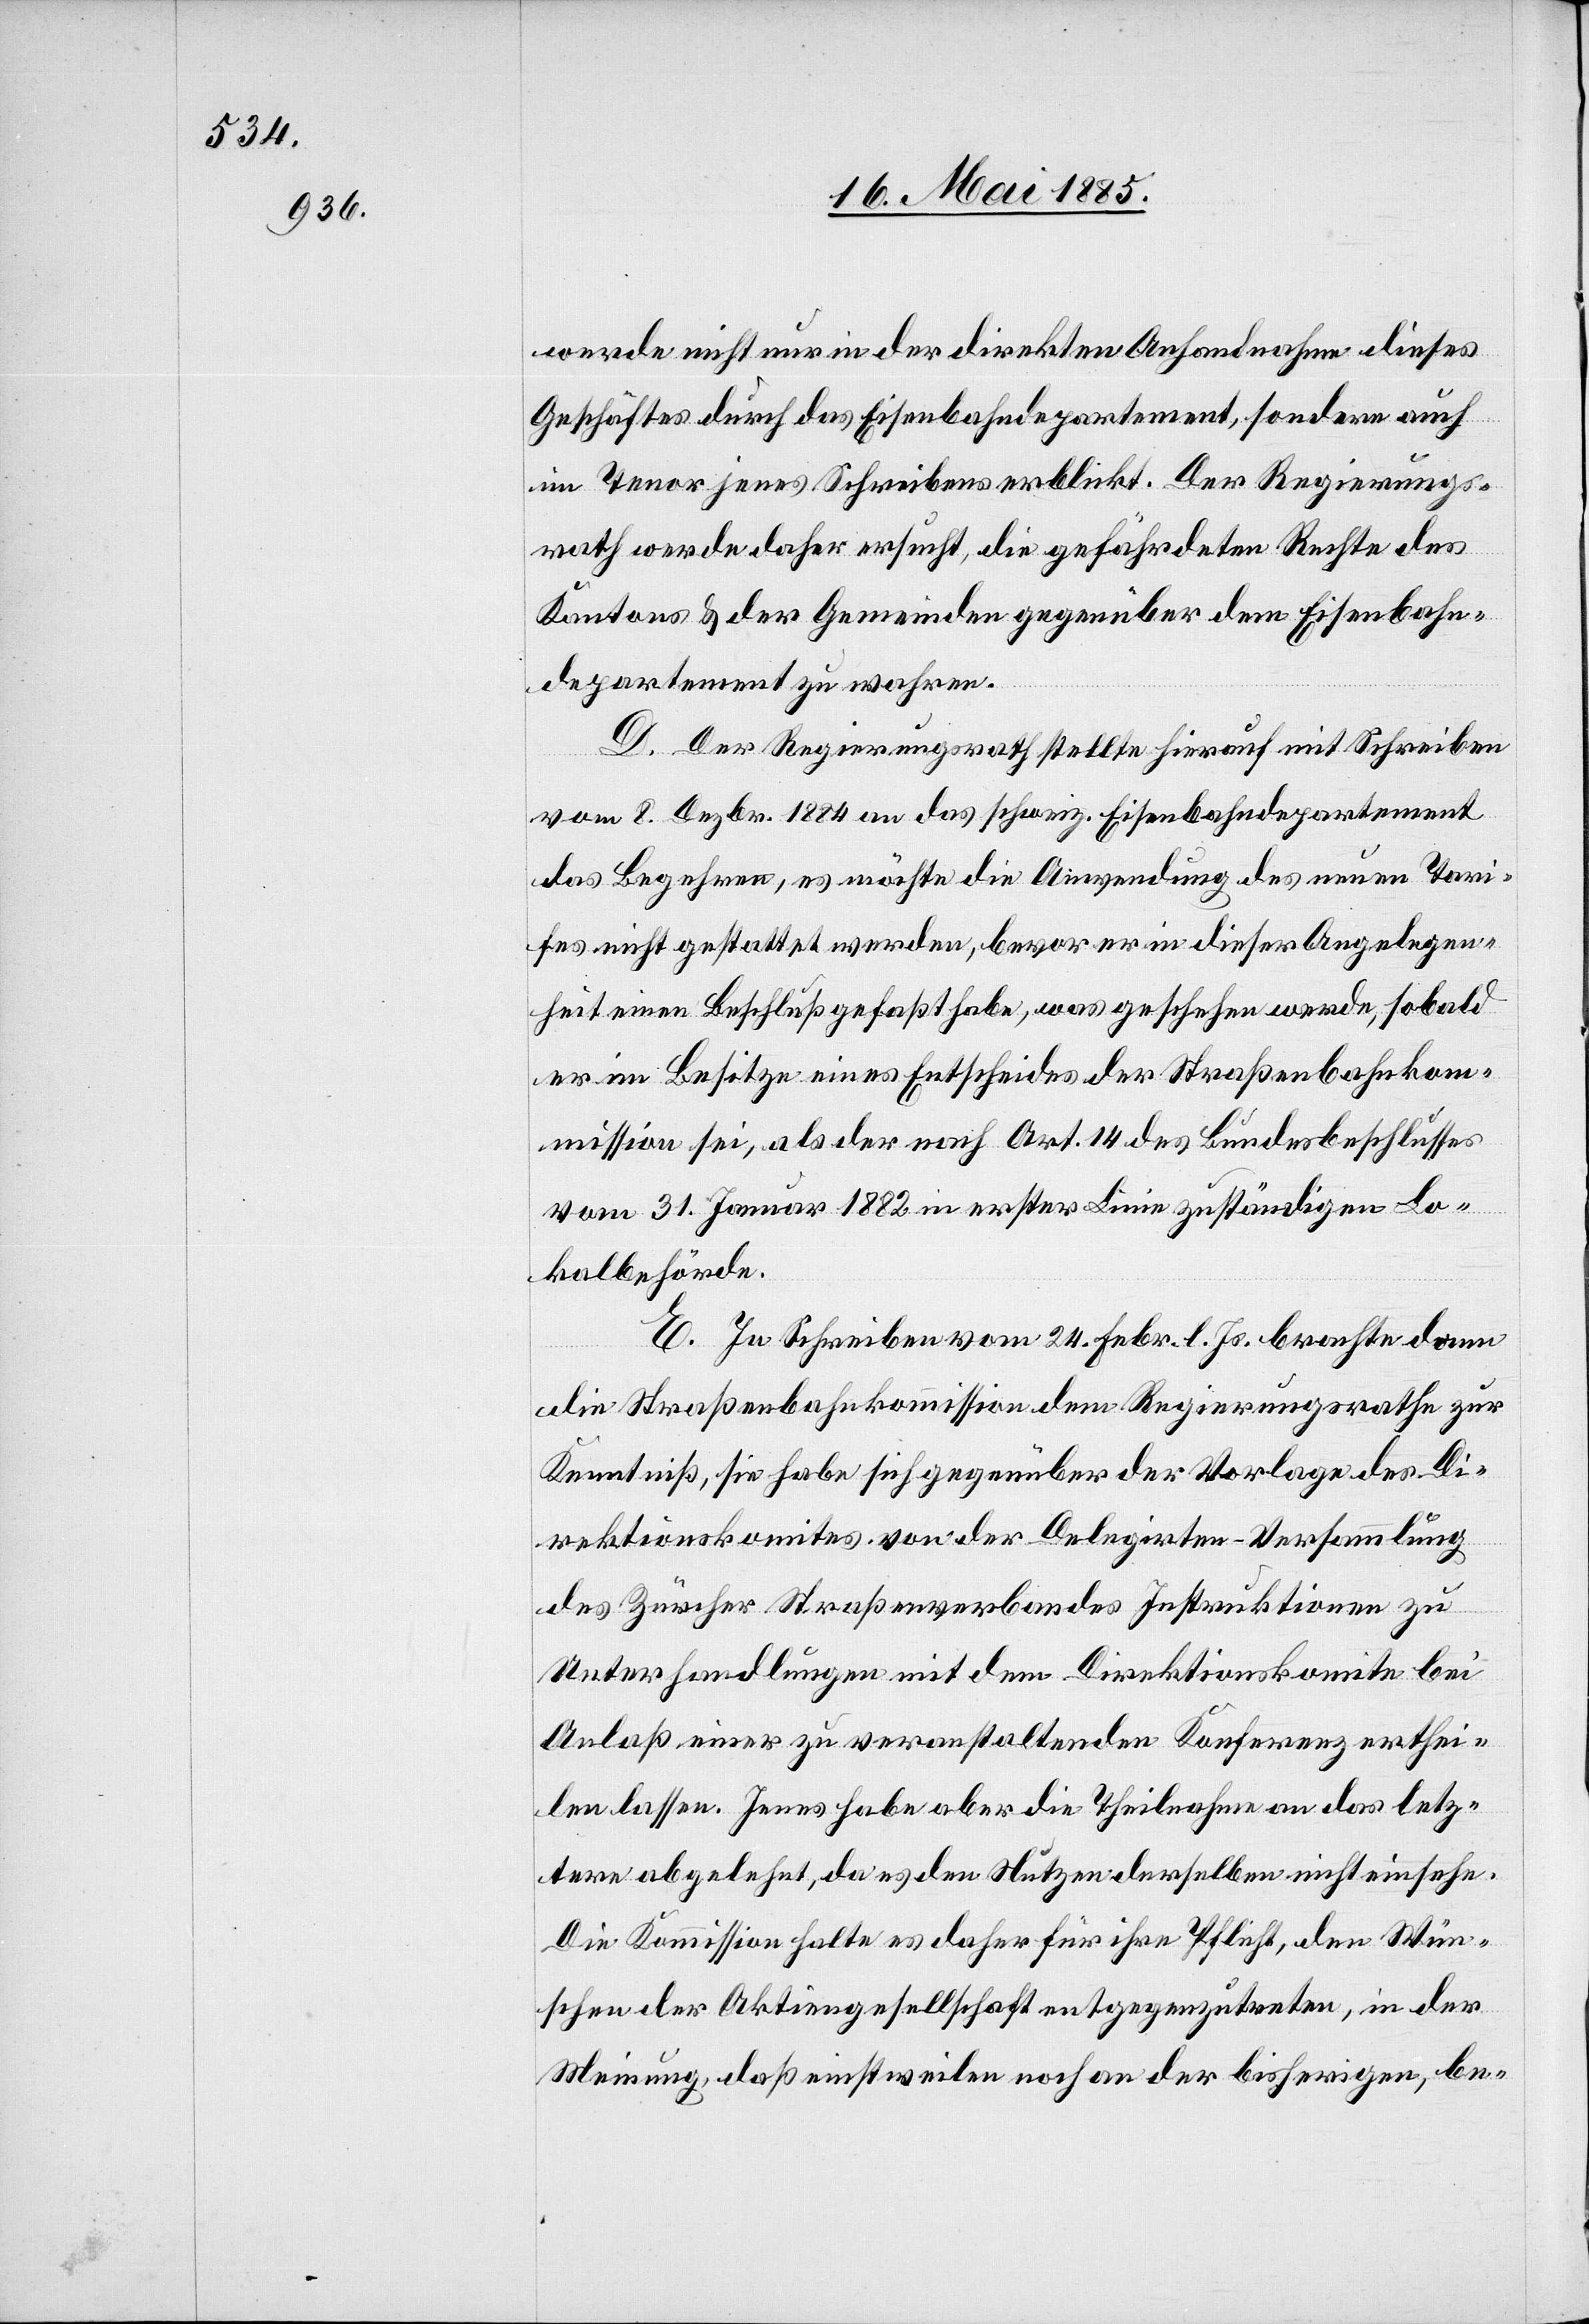
werde nicht nur in der direkten Anhandnahme dieses
Geschäftes durch das Eisenbahndepartement, sondern auch
im Tenor jenes Schreiben erblickt. Der Regierungs¬
rath werde daher ersucht, die gefährdeten Rechte des
Kantons & der Gemeinden gegenüber dem Eisenbahn¬
departement zu wahren.
D. Der Regierungsrath stellte hierauf mit Schreiben
vom 8. Dezbr. 1884 an das schweiz. Eisenbahndepartement
das Begehren, es möchte die Anwendung des neuen Tari¬
fes nicht gestattet werden, bevor er in dieser Angelegen¬
heit einen Beschluß gefaßt habe, was geschehen werde, sobald
er im Besitze eines Entscheides der Straßenbahnkom¬
mission sei, als der nach Art. 14 des Bundesbeschlusses
vom 31. Januar 1882 in erster Linie zuständigen Lo¬
kalbehörde.
die Straßenbahnkommission dem Regierungsrathe zur
Kenntniß, sie habe sich gegenüber der Vorlage des Di¬
rektionskomites von der Delegirten-Versammlung
des Zürcher Straßenverbandes Instruktionen zu
Unterhandlungen mit dem Direktionskomite bei
Anlaß einer zu veranstaltenden Konferenz erthei¬
len lassen. Jenes habe aber die Theilnahme an das letz¬
tere abgelehnt, da es den Nutzen derselben nicht einsehe.
Die Kommission halte es daher für ihre Pflicht, den Wün¬
schen der Aktiengesellschaft entgegenzutreten, in der
Meinung, daß einstweilen noch an der bisherigen, be-